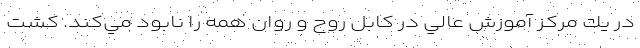
در يك مركز آموزش عالي در كابل روح و روان همه را نابود مي‌كند. كشت